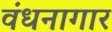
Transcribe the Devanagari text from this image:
वंधनागार